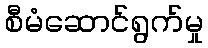
စီမံဆောင်ရွက်မှု